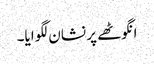
انگوٹھے پر نشان لگوایا۔